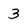
Character: 3